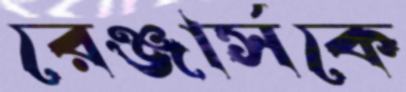
রেঞ্জার্সকে